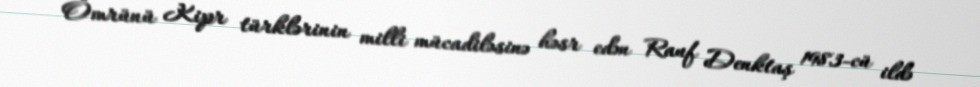
Ömrünü Kipr türklərinin milli mücadiləsinə həsr edən Rauf Denktaş 1983-cü ildə